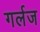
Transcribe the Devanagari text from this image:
गर्लज